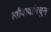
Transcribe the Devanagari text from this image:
स्त्रीवादांमधून